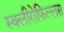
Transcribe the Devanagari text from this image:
स्क्लीरोफिल्लस